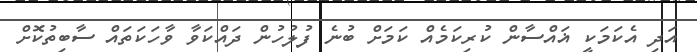
އަދި އެކަމަކީ ޣައްސާން ކުރިކަމެއް ކަމަށް ބުނެ ފުލުހުން ދައްކަވާ ވާހަކަތައް ސާބިތުކޮށް